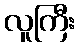
လူကြီး